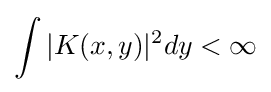
\int |K(x,y)|^{2}dy<\infty